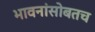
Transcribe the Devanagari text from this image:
भावनांसोबतच